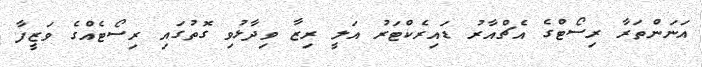
އަނަންތަރާ ރިސޯޓްގެ އެޗްއާރު ޑައިިރެކްޓަރު އަލީ ރިޒާ ވިދާޅުވި ގޮތުގައި ރިސޯޓެއްގެ ވަޒީފާ